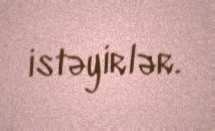
istəyirlər.